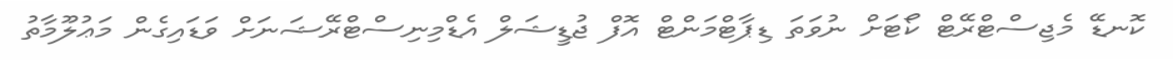
ކޮނޑޭ މެޖިސްޓްރޭޓް ކޯޓަށް ނުވަތަ ޑިޕާޓްމަންޓް އޮފް ޖުޑީޝަލް އެޑްމިނިސްޓްރޭޝަނަށް ވަޑައިގެން މަޢުލޫމާތު